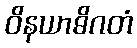
ဝိနယာဓိဂတံ